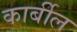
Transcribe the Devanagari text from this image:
कार्बील